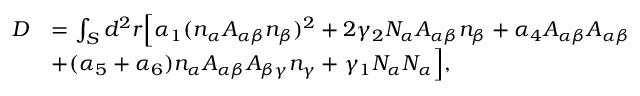
\begin{array} { r l } { D } & { = \int _ { S } d ^ { 2 } r \Big [ \alpha _ { 1 } ( n _ { \alpha } A _ { \alpha \beta } n _ { \beta } ) ^ { 2 } + 2 \gamma _ { 2 } N _ { \alpha } A _ { \alpha \beta } n _ { \beta } + \alpha _ { 4 } A _ { \alpha \beta } A _ { \alpha \beta } } \\ & { + ( \alpha _ { 5 } + \alpha _ { 6 } ) n _ { \alpha } A _ { \alpha \beta } A _ { \beta \gamma } n _ { \gamma } + \gamma _ { 1 } N _ { \alpha } N _ { \alpha } \Big ] , } \end{array}